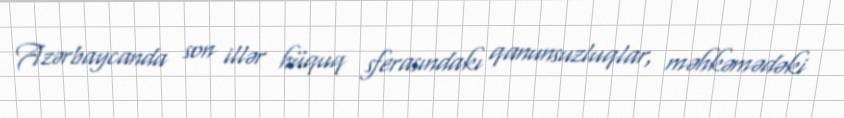
Azərbaycanda son illər hüquq sferasındakı qanunsuzluqlar, məhkəmədəki